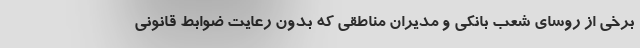
برخی از روسای شعب بانکی و مدیران مناطقی که بدون رعایت ضوابط قانونی